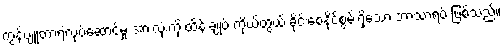
ကွန်ပျူတာရဲ့လုပ်ဆောင်မှု အားလုံးကို ထိန်းချုပ် ကိုယ်တွယ် ခိုင်းစေနိုင်စွမ်းရှိသော ဘာသာရပ် ဖြစ်သည်။